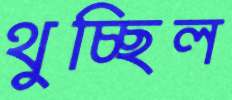
থুচ্ছিল